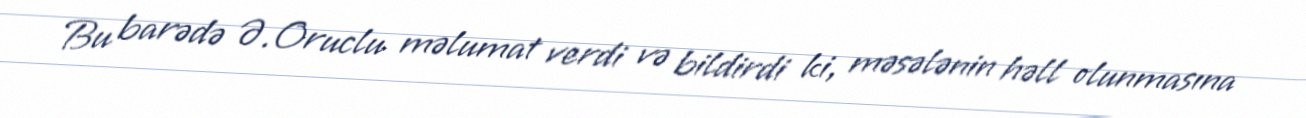
Bu barədə Ə.Oruclu məlumat verdi və bildirdi ki, məsələnin həll olunmasına